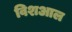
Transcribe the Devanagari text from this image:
विशआल